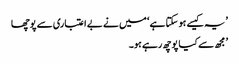
’ یہ کیسے ہو سکتا ہے ‘ میں نے بے اعتباری سے پوچھا
’ مجھ سے کیا پوچھ رہے ہو۔